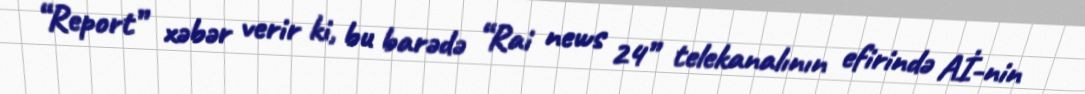
“Report” xəbər verir ki, bu barədə “Rai news 24” telekanalının efirində Aİ-nin